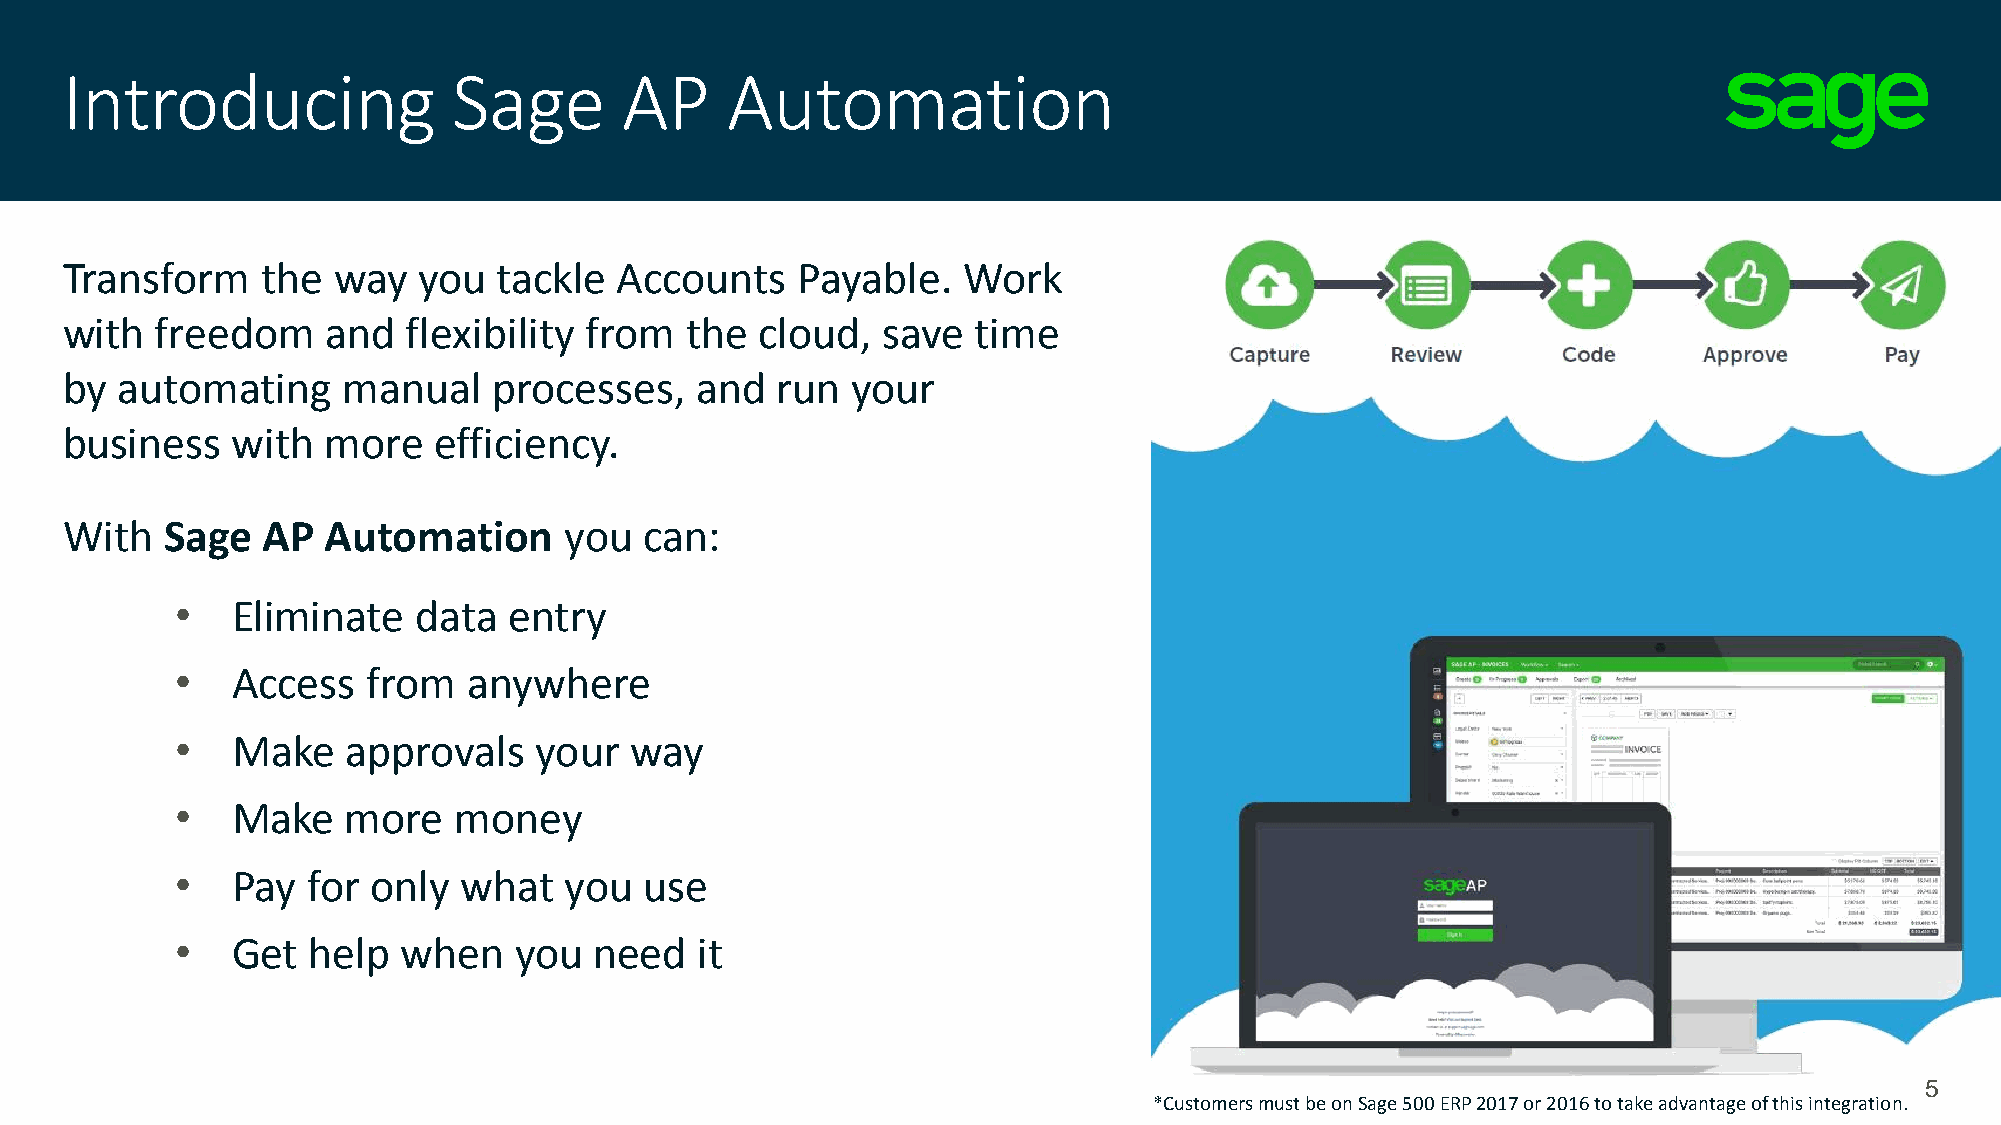
Introducing               Sage       AP     Automation
 Transform    the  way   you  tackle  Accounts    Payable.   Work
 with  freedom     and  flexibility from  the  cloud,  save   time
 by  automating     manual    processes,   and  run  your
 business   with   more   efficiency.
 With   Sage  AP   Automation     you   can:
 •  Eliminate    data  entry
 •  Access   from   anywhere
 •  Make    approvals   your   way
 •  Make    more   money
 •  Pay  for only  what   you   use
 •  Get  help   when   you  need   it
 5
 *Customers must be on Sage 500 ERP 2017 or 2016 to take advantage of this integration.